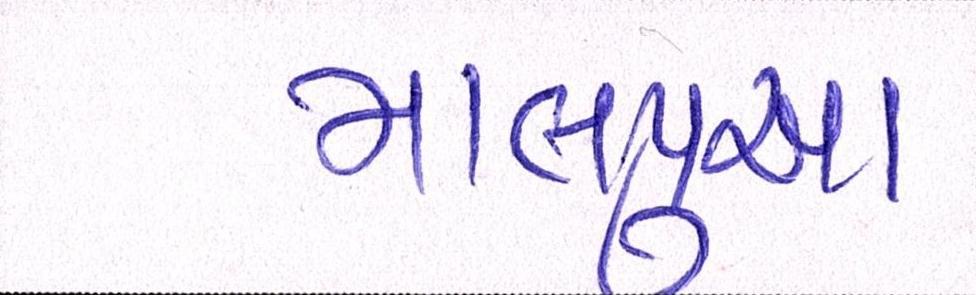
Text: માલપુઆ